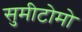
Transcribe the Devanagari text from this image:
सुमीटोमो